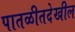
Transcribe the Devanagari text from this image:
पातळीतदेखील